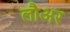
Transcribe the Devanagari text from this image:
लौअर